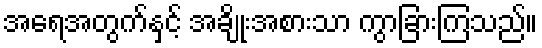
အရေအတွက်နှင့် အချိုးအစားသာ ကွာခြားကြသည်။